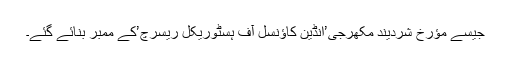
جیسے مؤرخ شردیند مکھرجی’انڈین کاؤنسل آف ہسٹوریکل ریسرچ’کے ممبر بنائے گئے۔